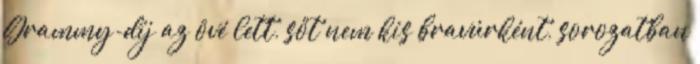
Grammy-díj az övé lett, sőt nem kis bravúrként, sorozatban